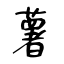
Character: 薯